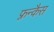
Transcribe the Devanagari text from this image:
फ़्रन्कैस